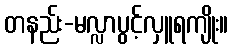
တနည်း-မလ္လာပွင့်လှူရကျိုး။